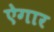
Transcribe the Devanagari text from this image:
ऐगार